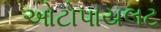
ઓટોપાયલટ